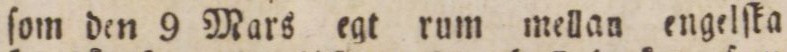
ſom den 9 Mars egt rum mellan engelſka